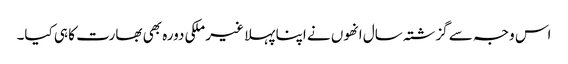
اس وجہ سے گزشتہ سال انھوں نے اپنا پہلا غیر ملکی دورہ بھی بھارت کا ہی کیا۔